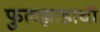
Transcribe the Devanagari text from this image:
फुलझाडाची